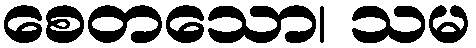
စေတသော၊ သမ